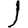
Digit: 1